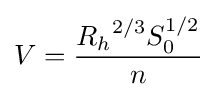
V={\frac {{R_{h}}^{2/3}S_{0}^{1/2}}{n}}